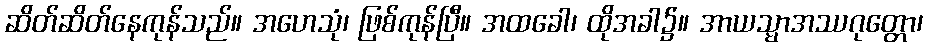
ဆိတ်ဆိတ်နေကုန်သည်။ အဟေသုံ၊ ဖြစ်ကုန်ပြီ။ အထခေါ၊ ထိုအခါ၌။ အာယသ္မာအဿဂုတ္တော၊